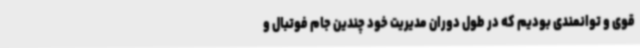
قوی و توانمندی بودیم که در طول دوران مدیریت خود چندین جام فوتبال و